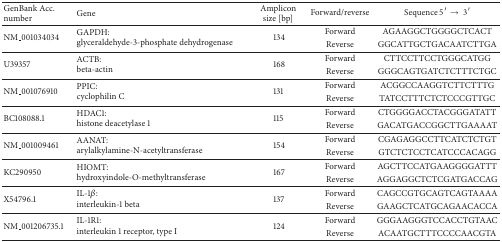
<table><thead><tr><td><b>GenBank Acc. number</b></td><td><b>Gene</b></td><td><b>Amplicon size [bp]</b></td><td><b>Forward/reverse</b></td><td><b>Sequence 5′ → 3′</b></td></tr></thead><tbody><tr><td rowspan="2">NM_001034034</td><td rowspan="2">GAPDH: glyceraldehyde-3-phosphate dehydrogenase</td><td rowspan="2">134</td><td>Forward</td><td>AGAAGGCTGGGGCTCACT</td></tr><tr><td>Reverse</td><td>GGCATTGCTGACAATCTTGA</td></tr><tr><td rowspan="2">U39357</td><td rowspan="2">ACTB: beta-actin</td><td rowspan="2">168</td><td>Forward</td><td>CTTCCTTCCTGGGCATGG</td></tr><tr><td>Reverse</td><td>GGGCAGTGATCTCTTTCTGC</td></tr><tr><td rowspan="2">NM_001076910</td><td rowspan="2">PPIC: cyclophilin C</td><td rowspan="2">131</td><td>Forward</td><td>ACGGCCAAGGTCTTCTTTG</td></tr><tr><td>Reverse</td><td>TATCCTTTCTCTCCCGTTGC</td></tr><tr><td rowspan="2">BC108088.1</td><td rowspan="2">HDAC1: histone deacetylase 1</td><td rowspan="2">115</td><td>Forward</td><td>CTGGGGACCTACGGGATATT</td></tr><tr><td>Reverse</td><td>GACATGACCGGCTTGAAAAT</td></tr><tr><td rowspan="2">NM_001009461</td><td rowspan="2">AANAT: arylalkylamine-N-acetyltransferase</td><td rowspan="2">154</td><td>Forward</td><td>CGAGAGGCCTTCATCTCTGT</td></tr><tr><td>Reverse</td><td>GTCTCTCCTCATCCCACAGG</td></tr><tr><td rowspan="2">KC290950</td><td rowspan="2">HIOMT: hydroxyindole-O-methyltransferase</td><td rowspan="2">167</td><td>Forward</td><td>AGCTTCCATGAAGGGGATTT</td></tr><tr><td>Reverse</td><td>AGGAGGCTCTCGATGACCAG</td></tr><tr><td rowspan="2">X54796.1</td><td rowspan="2">IL-1<i>β</i>: interleukin-1 beta</td><td rowspan="2">137</td><td>Forward</td><td>CAGCCGTGCAGTCAGTAAAA</td></tr><tr><td>Reverse</td><td>GAAGCTCATGCAGAACACCA</td></tr><tr><td rowspan="2">NM_001206735.1</td><td rowspan="2">IL-1R1: interleukin 1 receptor, type I</td><td rowspan="2">124</td><td>Forward</td><td>GGGAAGGGTCCACCTGTAAC</td></tr><tr><td>Reverse</td><td>ACAATGCTTTCCCCAACGTA</td></tr></tbody></table>